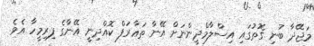
މަޖޭދާ ބުނި ގޮތުގައި އިސްލާމްދީންނަށް އޭނާ ތަޢާރަފް ކޮއްދިނީ އޭނާގެ ފިރިމީހާ އެވެ.